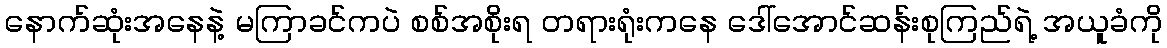
နောက်ဆုံးအနေနဲ့ မကြာခင်ကပဲ စစ်အစိုးရ တရားရုံးကနေ ဒေါ်အောင်ဆန်းစုကြည်ရဲ့ အယူခံကို